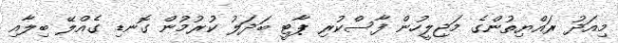
މިއަދު ރައްޔިތުންގެ މަޖިލީހުން ފާސްކުރި ޕާޓީ ބަދަލު ކުރުމުން ގޮނޑި ގެއްލޭ ބިލާއި